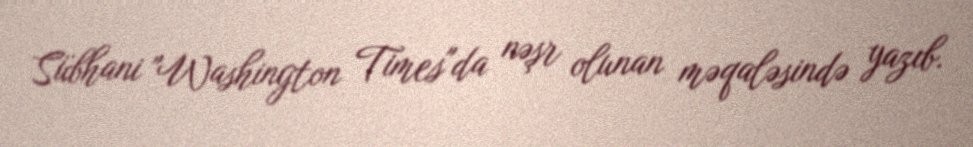
Sübhani "Washington Times"da nəşr olunan məqaləsində yazıb.